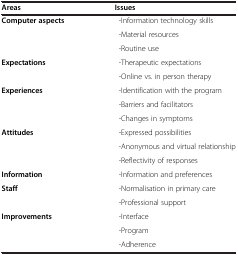
<table><thead><tr><td><b>Areas</b></td><td><b>Issues</b></td></tr></thead><tbody><tr><td><b>Computer aspects</b></td><td> -Information technology skills</td></tr><tr><td> </td><td> -Material resources</td></tr><tr><td> </td><td> -Routine use</td></tr><tr><td><b>Expectations</b></td><td> -Therapeutic expectations</td></tr><tr><td> </td><td> -Online vs. in person therapy</td></tr><tr><td><b>Experiences</b></td><td> -Identification with the program</td></tr><tr><td> </td><td> -Barriers and facilitators</td></tr><tr><td> </td><td> -Changes in symptoms</td></tr><tr><td><b>Attitudes</b></td><td> -Expressed possibilities</td></tr><tr><td> </td><td> -Anonymous and virtual relationship</td></tr><tr><td> </td><td> -Reflectivity of responses</td></tr><tr><td><b>Information</b></td><td> -Information and preferences</td></tr><tr><td><b>Staff</b></td><td> -Normalisation in primary care</td></tr><tr><td> </td><td> -Professional support</td></tr><tr><td><b>Improvements</b></td><td> -Interface</td></tr><tr><td> </td><td> -Program</td></tr><tr><td> </td><td> -Adherence</td></tr></tbody></table>